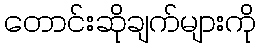
တောင်းဆိုချက်များကို